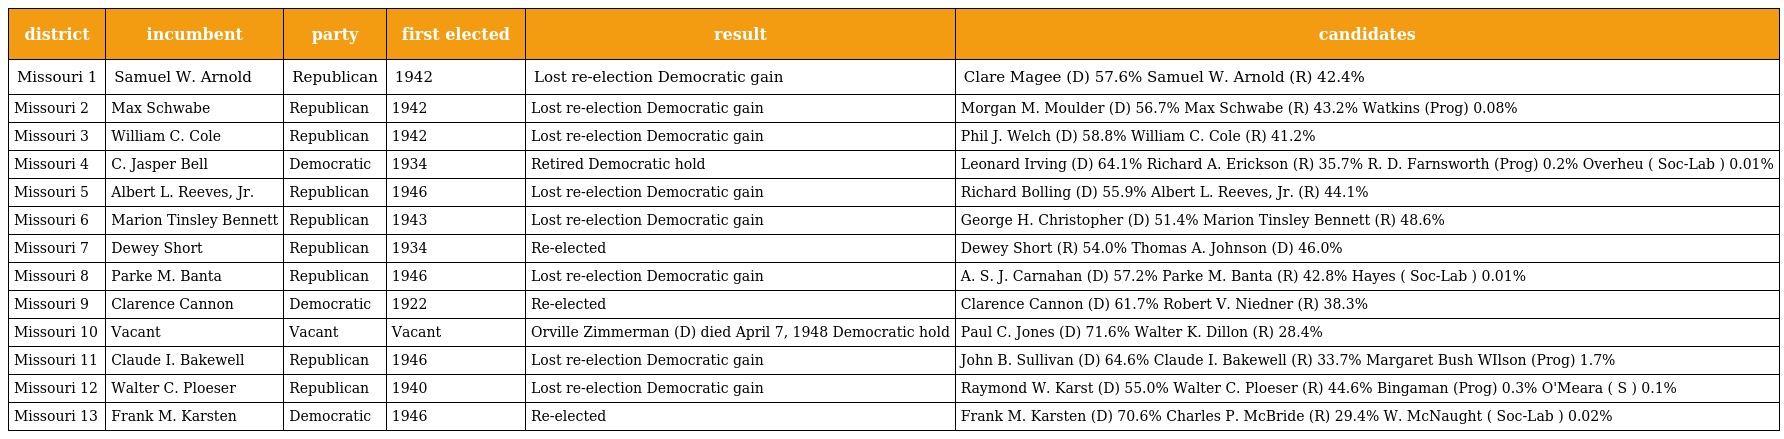
| district | incumbent | party | first elected | result | candidates |
 | --- | --- | --- | --- | --- | --- |
 | Missouri 1 | Samuel W. Arnold | Republican | 1942 | Lost re-election Democratic gain | Clare Magee (D) 57.6% Samuel W. Arnold (R) 42.4% |
 | Missouri 2 | Max Schwabe | Republican | 1942 | Lost re-election Democratic gain | Morgan M. Moulder (D) 56.7% Max Schwabe (R) 43.2% Watkins (Prog) 0.08% |
 | Missouri 3 | William C. Cole | Republican | 1942 | Lost re-election Democratic gain | Phil J. Welch (D) 58.8% William C. Cole (R) 41.2% |
 | Missouri 4 | C. Jasper Bell | Democratic | 1934 | Retired Democratic hold | Leonard Irving (D) 64.1% Richard A. Erickson (R) 35.7% R. D. Farnsworth (Prog) 0.2% Overheu ( Soc-Lab ) 0.01% |
 | Missouri 5 | Albert L. Reeves, Jr. | Republican | 1946 | Lost re-election Democratic gain | Richard Bolling (D) 55.9% Albert L. Reeves, Jr. (R) 44.1% |
 | Missouri 6 | Marion Tinsley Bennett | Republican | 1943 | Lost re-election Democratic gain | George H. Christopher (D) 51.4% Marion Tinsley Bennett (R) 48.6% |
 | Missouri 7 | Dewey Short | Republican | 1934 | Re-elected | Dewey Short (R) 54.0% Thomas A. Johnson (D) 46.0% |
 | Missouri 8 | Parke M. Banta | Republican | 1946 | Lost re-election Democratic gain | A. S. J. Carnahan (D) 57.2% Parke M. Banta (R) 42.8% Hayes ( Soc-Lab ) 0.01% |
 | Missouri 9 | Clarence Cannon | Democratic | 1922 | Re-elected | Clarence Cannon (D) 61.7% Robert V. Niedner (R) 38.3% |
 | Missouri 10 | Vacant | Vacant | Vacant | Orville Zimmerman (D) died April 7, 1948 Democratic hold | Paul C. Jones (D) 71.6% Walter K. Dillon (R) 28.4% |
 | Missouri 11 | Claude I. Bakewell | Republican | 1946 | Lost re-election Democratic gain | John B. Sullivan (D) 64.6% Claude I. Bakewell (R) 33.7% Margaret Bush WIlson (Prog) 1.7% |
 | Missouri 12 | Walter C. Ploeser | Republican | 1940 | Lost re-election Democratic gain | Raymond W. Karst (D) 55.0% Walter C. Ploeser (R) 44.6% Bingaman (Prog) 0.3% O'Meara ( S ) 0.1% |
 | Missouri 13 | Frank M. Karsten | Democratic | 1946 | Re-elected | Frank M. Karsten (D) 70.6% Charles P. McBride (R) 29.4% W. McNaught ( Soc-Lab ) 0.02% |